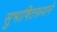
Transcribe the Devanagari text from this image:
सुभाषितरूपाने